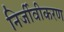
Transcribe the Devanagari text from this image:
निर्जीवीकरण